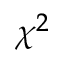
\chi ^ { 2 }